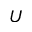
U